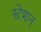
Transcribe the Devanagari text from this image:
स्टेशन्